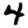
Digit: 4